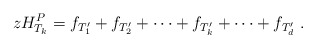
\begin{align*} zH_{T_k}^P = f_{T_1'} + f_{T_2'} + \cdots + f_{T_k'} + \cdots + f_{T_d'} \ . \end{align*}